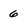
Character: 6